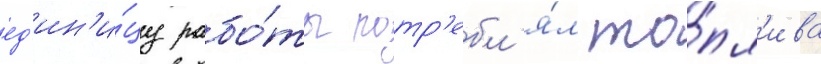
ед'ин'и́цу рабо́ты потр'ебл'я́л то́пл'ива